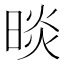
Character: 晱